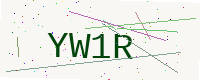
Text: YW1R